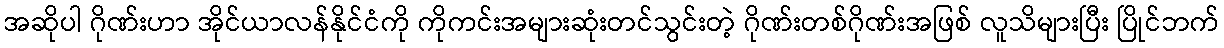
အဆိုပါ ဂိုဏ်းဟာ အိုင်ယာလန်နိုင်ငံကို ကိုကင်းအများဆုံးတင်သွင်းတဲ့ ဂိုဏ်းတစ်ဂိုဏ်းအဖြစ် လူသိများပြီး ပြိုင်ဘက်